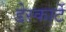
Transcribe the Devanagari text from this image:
डेस्कार्टे